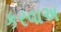
કરવાઅ